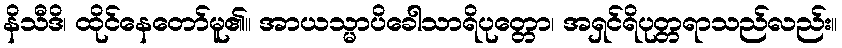
နိသီဒိ၊ ထိုင်နေတော်မူ၏။ အာယသ္မာပိခေါသာရိပုတ္တော၊ အရှင်ရိပုတ္တရာသည်လည်း။